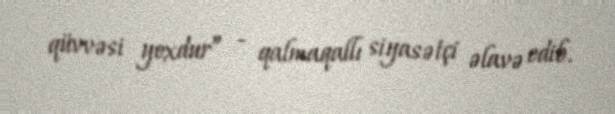
qüvvəsi yoxdur” - qalmaqallı siyasətçi əlavə edib.